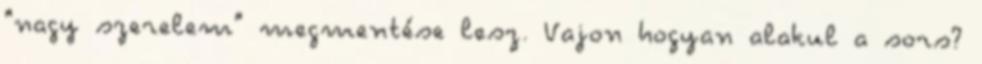
"nagy szerelem" megmentése lesz. Vajon hogyan alakul a sors?